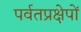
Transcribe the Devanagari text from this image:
पर्वतप्रक्षेपों